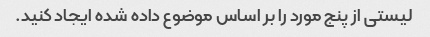
لیستی از پنج مورد را بر اساس موضوع داده شده ایجاد کنید.